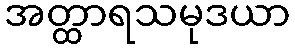
အတ္ထာရသမုဒယာ